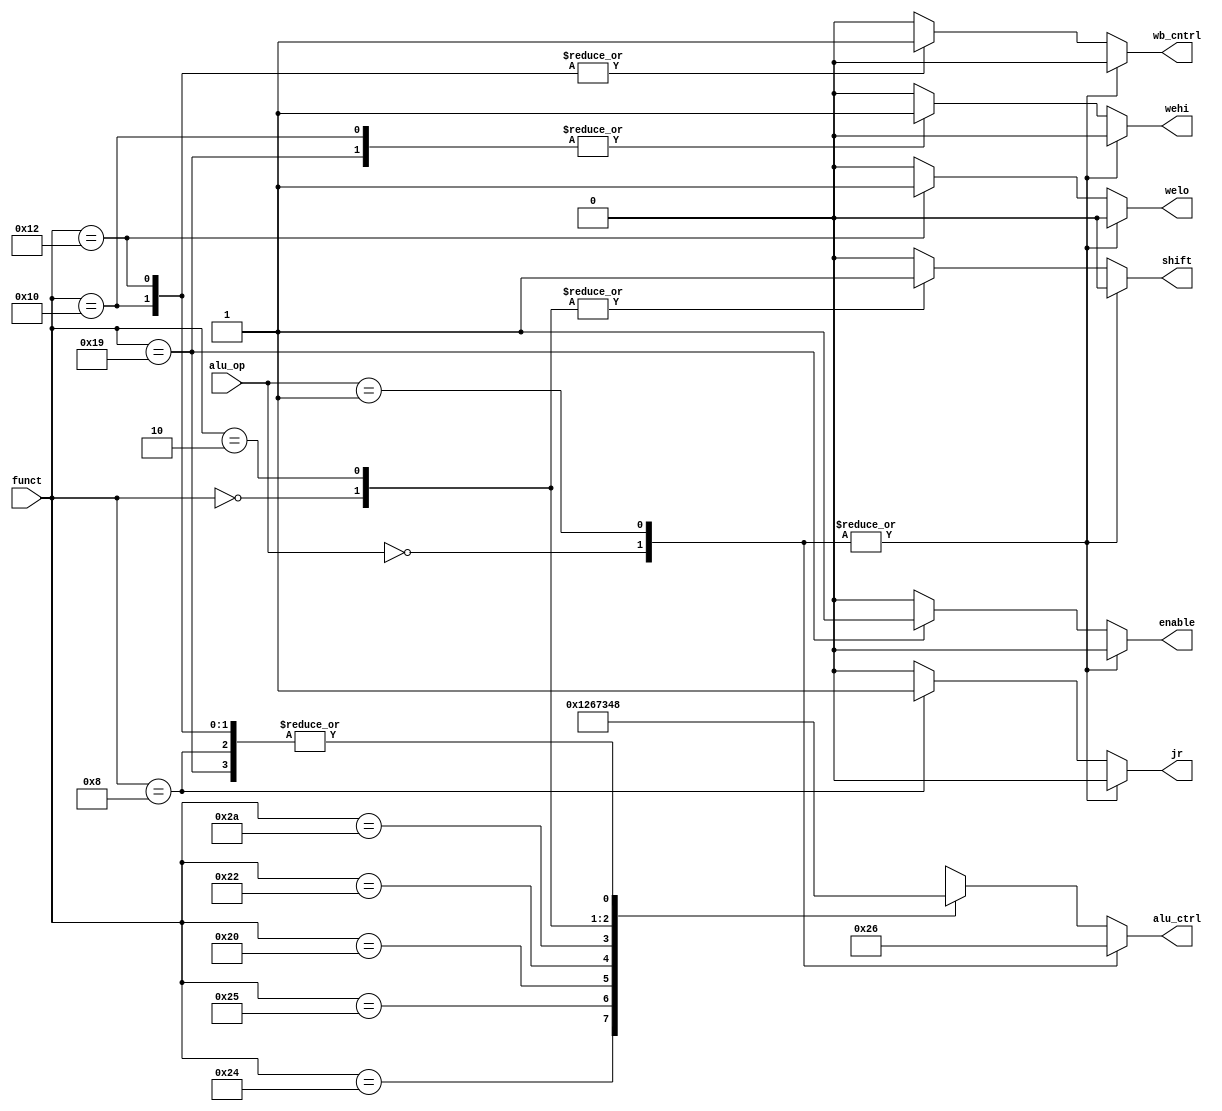
module auxdec (
        input  wire [1:0] alu_op,
        input  wire [5:0] funct,
        output wire [3:0] alu_ctrl,
        output reg        wehi,
        output reg        welo,
        output reg        jr,
        output reg        wb_cntrl,
	    output reg        shift,
        output reg        enable
    );

    reg [3:0] ctrl;

    assign {alu_ctrl} = ctrl;

    always @ (alu_op, funct) begin
        case (alu_op)
            2'b00:begin ctrl = 4'b0010;wehi=0;welo=0;jr=0;wb_cntrl=0;shift=0;enable=0;  end        // ADD
            2'b01:begin ctrl = 4'b0110; wehi=0;welo=0;jr=0;wb_cntrl=0;shift=0;enable=0; end        // SUB
            default: case (funct)
                6'b10_0100:begin ctrl = 4'b0000;wehi=0;welo=0;jr=0;wb_cntrl=0;shift=0;enable=0; end//And
                6'b10_0101:begin ctrl = 4'b0001;wehi=0;welo=0;jr=0;wb_cntrl=0;shift=0;enable=0;end // OR
                6'b10_0000:begin ctrl = 4'b0010;wehi=0;welo=0;jr=0;wb_cntrl=0;shift=0;enable=0;end // ADD
                6'b10_0010:begin ctrl = 4'b0110;wehi=0;welo=0;jr=0;wb_cntrl=0;shift=0;enable=0;end // SUB
                6'b10_1010:begin ctrl = 4'b0111;wehi=0;welo=0;jr=0;wb_cntrl=0;shift=0;enable=0; end// SLT
                6'b00_0000:begin ctrl = 4'b0011;wehi=0;welo=0;jr=0;wb_cntrl=0;shift=1;enable=0;end// SLL
		        6'b00_0010:begin ctrl = 4'b0100;wehi=0;welo=0;jr=0;wb_cntrl=0;shift=1;enable=0;end// SRL
                6'b01_0000:begin ctrl = 4'b1000;wehi=1;welo=0;jr=0;wb_cntrl=1;shift=0;enable=0; end// MFHI
                6'b01_0010:begin ctrl = 4'b1000;wehi=0;welo=1;jr=0;wb_cntrl=1;shift=0;enable=0; end// MFLO
			    6'b01_1001:begin ctrl = 4'b1000;wehi=1;welo=0;jr=0;wb_cntrl=0;shift=0;enable=1; end// MULU
		        6'b00_1000:begin ctrl = 4'b1000;wehi=0;welo=0;jr=1;wb_cntrl=0;shift=0;enable=0; end// JR
                default:    begin ctrl = 4'bxxxx;wehi=0;welo=0;jr=0;wb_cntrl=0;shift=0;enable=0; end
            endcase
        endcase
    end
   endmodule